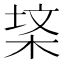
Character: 𭪃